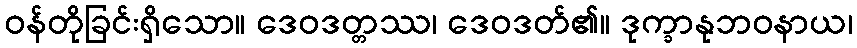
ဝန်တိုခြင်းရှိသော။ ဒေဝဒတ္တဿ၊ ဒေဝဒတ်၏။ ဒုက္ခာနုဘဝနာယ၊